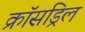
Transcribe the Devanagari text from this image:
क्रॉसड्रिल